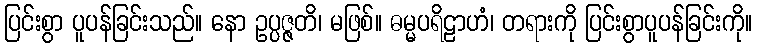
ပြင်းစွာ ပူပန်ခြင်းသည်။ နော ဥပ္ပဇ္ဇတိ၊ မဖြစ်။ ဓမ္မပရိဠာဟံ၊ တရားကို ပြင်းစွာပူပန်ခြင်းကို။